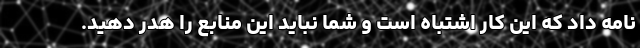
نامه داد که این کار اشتباه است و شما نباید این منابع را هدر دهید.